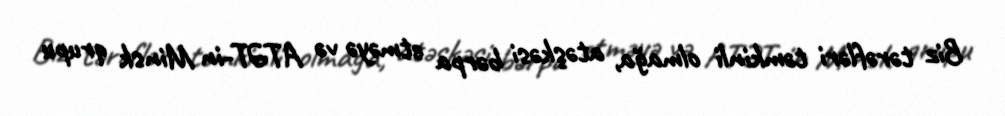
Biz tərəfləri təmkinli olmağa, atəşkəsi bərpa etməyə və ATƏT-in Minsk qrupu